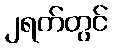
၂ရက်တွင်